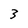
Character: 3